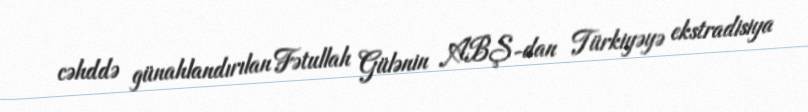
cəhddə günahlandırılan Fətullah Gülənin ABŞ-dan Türkiyəyə ekstradisiya